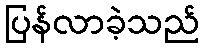
ပြန်လာခဲ့သည်